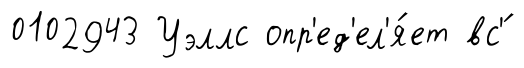
0102943 Уэллс опр'ед'ел'я́ет вс'́